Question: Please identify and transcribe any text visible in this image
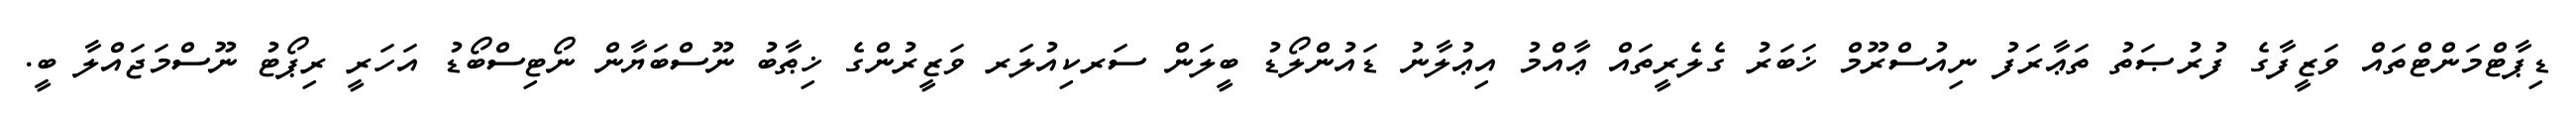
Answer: ޑިޕާޓްމަންޓްތައް ވަޒީފާގެ ފުރުޞަތު ތަޢާރަފު ނިއުސްރޫމް ޚަބަރު ގެލެރީތައް ޢާއްމު އިޢުލާނު ޑައުންލޯޑު ބީލަން ސަރކިއުލަރ ވަޒީރުންގެ ޚިޠާބު ނޫސްބަޔާން ނޯޓިސްބޯޑު އަހަރީ ރިޕޯޓު ނޫސްމަޖައްލާ ބީ.